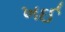
ખઈ